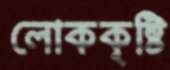
লোককৃষ্টি